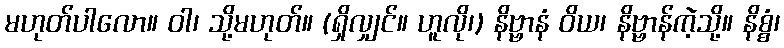
မဟုတ်ပါလော။ ဝါ၊ သို့မဟုတ်။ (ရှိလျှင်။ ဟူလို၊) နိဗ္ဗာနံ ဝိယ၊ နိဗ္ဗာန်ကဲ့သို့။ နိစ္စံ၊